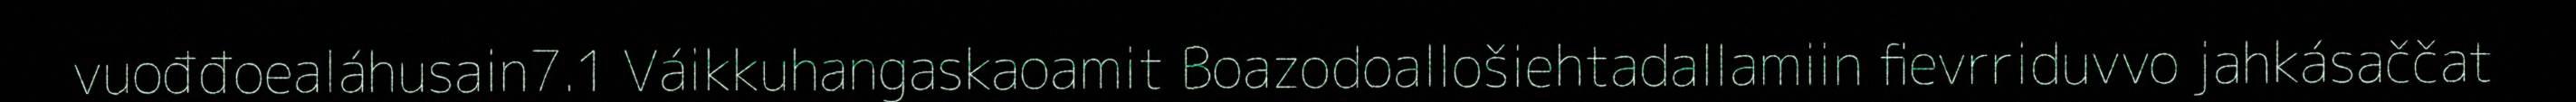
vuođđoealáhusain7.1 Váikkuhangaskaoamit Boazodoallošiehtadallamiin fievrriduvvo jahkásaččat